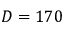
D = 1 7 0